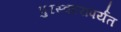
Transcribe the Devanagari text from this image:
पुरस्कारापर्यंत